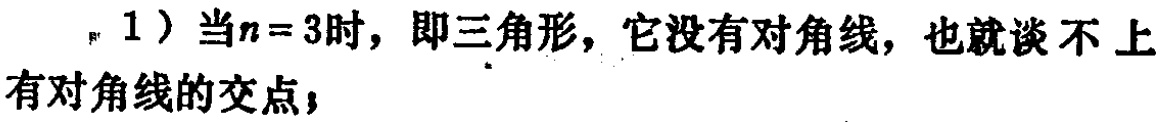
1）当\(n = 3\)时，即三角形，它没有对角线，也就谈不上有对角线的交点；